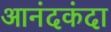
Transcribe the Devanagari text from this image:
आनंदकंदा